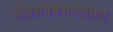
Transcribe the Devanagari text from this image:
जैवअवक्रमणयोग्य